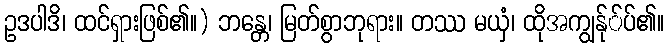
ဥဒပါဒိ၊ ထင်ရှားဖြစ်၏။) ဘန္တေ၊ မြတ်စွာဘုရား။ တဿ မယှံ၊ ထိုအကျွန်ု်ပ်၏။